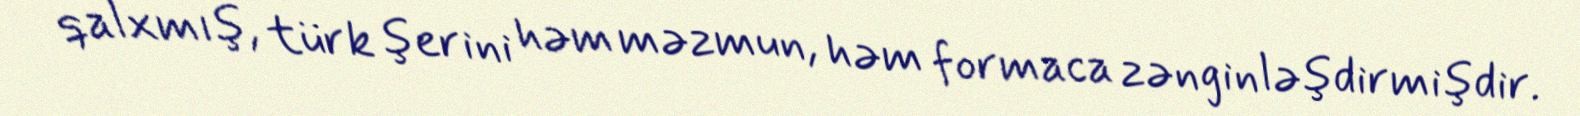
qalxmış, türk şerini həm məzmun, həm formaca zənginləşdirmişdir.